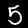
Label: 5